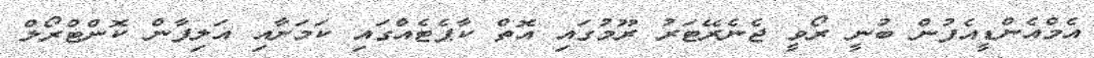
އެމްއެންޑީއެފުން ބުނީ ރޯވީ ޖެނެރޭޓަރު ރޫމުގައި އޮތް ކާޕެޓެއްގައި ކަމަށާއި އަލިފާން ކޮންޓްރޯލް